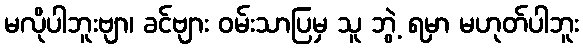
မလိုပါဘူးဗျာ၊ ခင်ဗျား ဝမ်းသာပြမှ သူ ဘွဲ့ ရမှာ မဟုတ်ပါဘူး